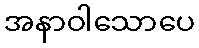
အနာဝါသောပေ